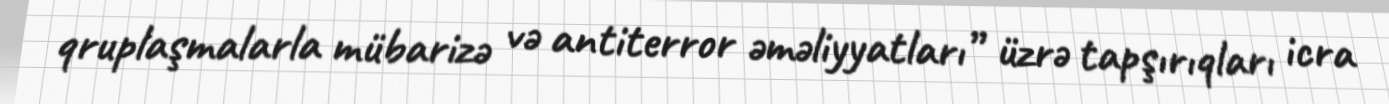
qruplaşmalarla mübarizə və antiterror əməliyyatları” üzrə tapşırıqları icra